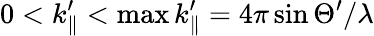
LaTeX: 0<k_{\parallel}^{\prime}<\operatorname*{max}k_{\parallel}^{\prime}=4\pi\sin\Theta^{\prime}/\lambda